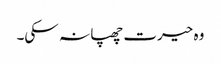
وہ حیرت چھپا نہ سکی۔